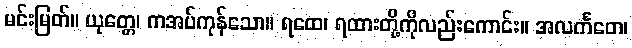
မင်းမြတ်။ ယုတ္တေ၊ ကအပ်ကုန်သော။ ရထေ၊ ရထားတို့ကိုလည်းကောင်း။ အလင်္ကတေ၊